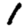
Digit: 1